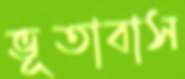
ভূতাবাস